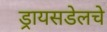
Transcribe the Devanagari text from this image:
ड्रायसडेलचे